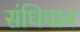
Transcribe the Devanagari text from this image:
संधिपात्र